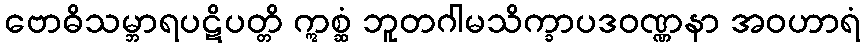
ဗောဓိသမ္ဘာရပဋိပတ္တိ ဣစ္ဆံ ဘူတဂါမသိက္ခာပဒဝဏ္ဏနာ အဝဟာရံ